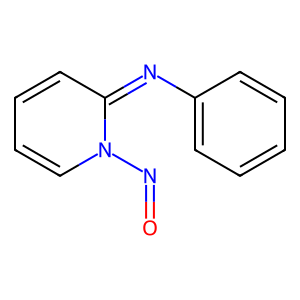
SMILES: O=Nn1ccccc1=Nc1ccccc1
Inhibits HIV replication: No